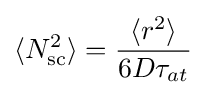
\langle N_{\text{sc}}^{2}\rangle ={\frac {\langle r^{2}\rangle }{6D\tau _{at}}}